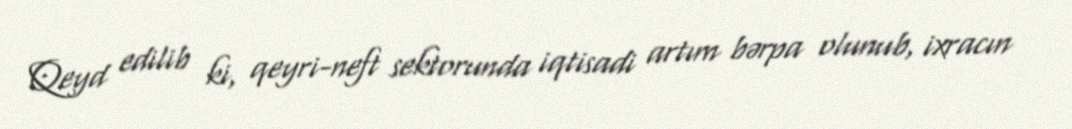
Qeyd edilib ki, qeyri-neft sektorunda iqtisadi artım bərpa olunub, ixracın